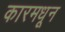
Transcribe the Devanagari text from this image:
कारमधून